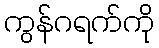
ကွန်ဂရက်ကို